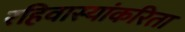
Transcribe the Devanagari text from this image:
रहिवास्यांकरिता